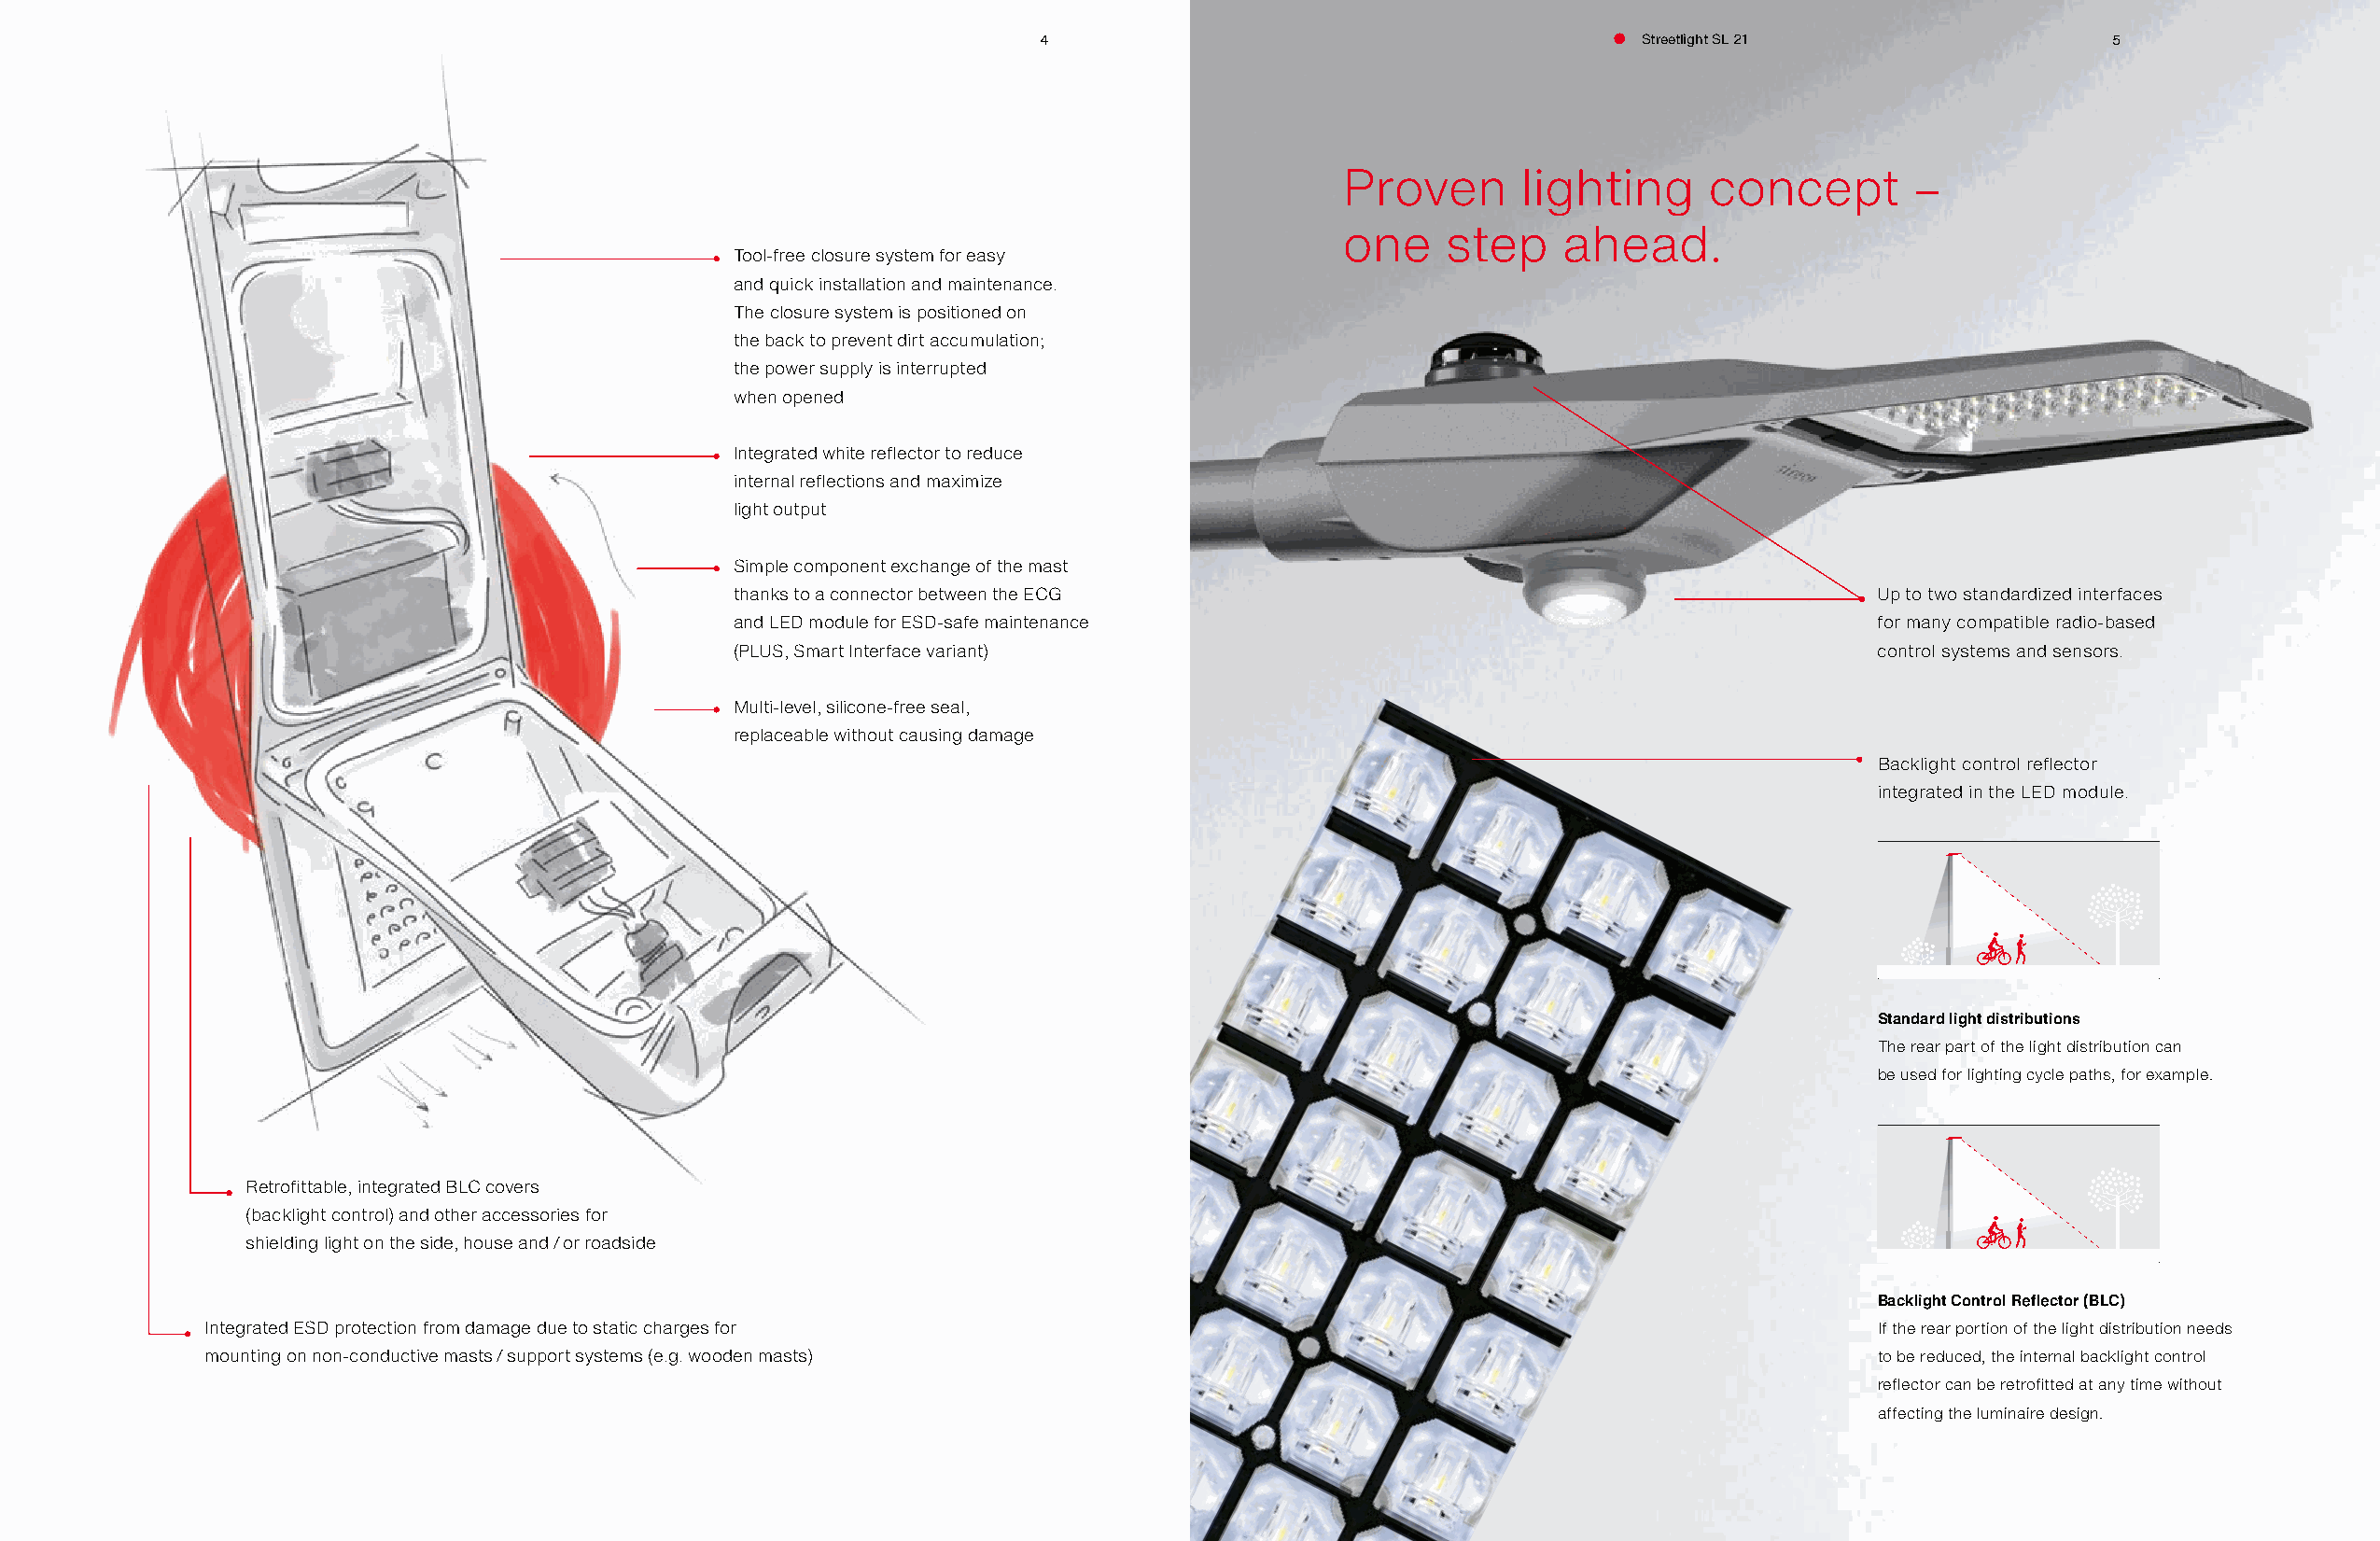
4                                         Streetlight SL 21                 5
 Proven       lighting     concept        –
 one     step    ahead.
 Tool-free closure system for easy
 and quick installation and maintenance.
 The closure system is positioned on
 the back to prevent dirt accumulation;
 the power supply is interrupted
 when opened
 Integrated white reflector to reduce
 internal reflections and maximize
 light output
 Simple component exchange of the mast
 thanks to a connector between the ECG                                            Up to two standardized interfaces
 and LED module for ESD-safe maintenance                                          for many compatible radio-based
 (PLUS, Smart Interface variant)                                                  control systems and sensors.
 Multi-level, silicone-free seal,
 replaceable without causing damage
 Backlight control reflector
 integrated in the LED module.
 Standard light distributions
 The rear part of the light distribution can
 be used for lighting cycle paths, for example.
 Retrofittable, integrated BLC covers
 (backlight control) and other accessories for
 shielding light on the side, house and / or roadside
 Backlight Control Reflector (BLC)
 Integrated ESD protection from damage due to static charges for                                                       If the rear portion of the light distribution needs
 mounting on non-conductive masts / support systems (e.g. wooden masts)                                                to be reduced, the internal backlight control
 reflector can be retrofitted at any time without
 affecting the luminaire design.